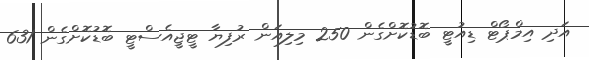
އަދި އިމްޕޯޓް ޑިއުޓީ ބޮޑުކޮށްގެން 250 މިލިއަން ރުފިޔާ ޓީޖީއެސްޓީ ބޮޑުކޮށްގެން 631